Lunatic asylums United Provinces 1909-1921 - 1909-1921
Year: 1909
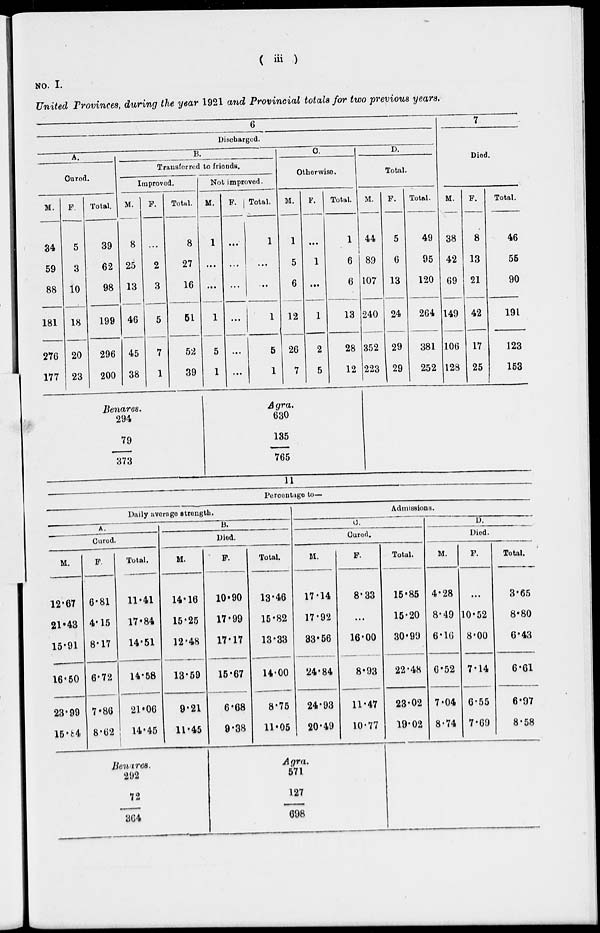
( iii )
NO. I.
United Provinces, during the year 1921 and Provincial totals for two previous years.
6
Discharged.
A.
Cured.
M.
34
59
88
181
276
177
F.
5
3
10
18
20
23
Total.
39
62
98
199
296
200
B.
Transferred to friends.
Improved.
M.
8
25
13
46
45
38
F.
...
2
3
5
7
1
Total.
8
27
16
51
52
39
Benares.
294
79
373
Not improved.
M.
1
...
...
1
5
1
F.
...
...
...
...
...
...
Total.
1
...
..
1
5
1
C.
Otherwise.
M.
1
5
6
12
26
7
F.
...
1
...
1
2
5
Total.
1
6
6
13
28
12
Agra.
630
135
765
D.
Total.
M.
44
89
107
240
352
223
F.
5
6
13
24
29
29
Total.
49
95
120
264
381
252
7
Died.
M.
38
42
69
149
106
128
F.
8
13
21
42
17
25
Total.
46
55
90
191
123
153
11
Percentage to—
Daily average strength.
A.
Cured.
M.
12.67
21.43
15.91
16.50
23.99
15.84
F.
6.81
4.15
8.17
6.72
7.86
8.62
Total.
11.41
17.84
14.51
14.58
21.06
14.45
B.
Died.
M.
14.16
15.25
12.48
13.59
9.21
11.45
Benares.
292
72
364
F.
10.90
17.99
17.17
15.67
6.68
9.38
Total.
13.46
15.82
13.33
14.00
8.75
11.05
Admissions.
C.
Cured.
M.
17.14
17.92
33.56
24.84
24.93
20.49
F.
8.33
...
16.00
8.93
11.47
10.77
Agra.
571
127
698
Total.
15.85
15.20
30.99
22.48
23.02
19.02
D.
Died.
M.
4.28
8.49
6.16
6.52
7.04
8.74
F.
...
10.52
8.00
7.14
6.55
7.69
Total.
3.65
8.80
6.43
6.61
6.97
8.58